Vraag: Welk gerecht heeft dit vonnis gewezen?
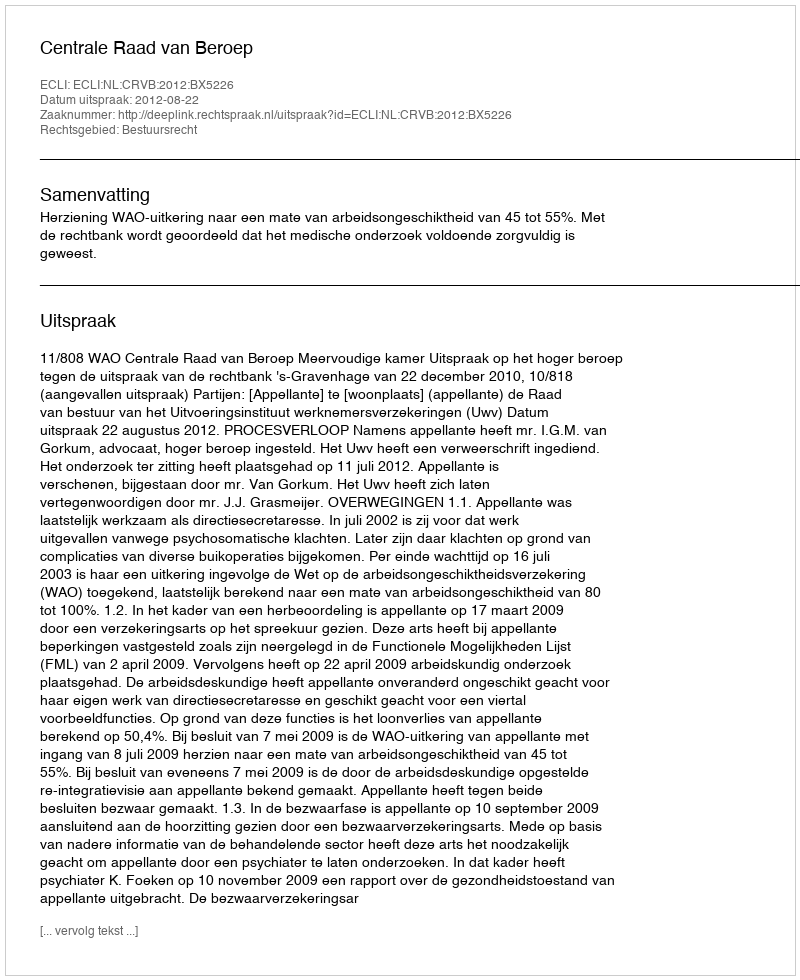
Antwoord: Centrale Raad van Beroep